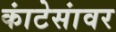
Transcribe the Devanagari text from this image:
कांटेसांवर